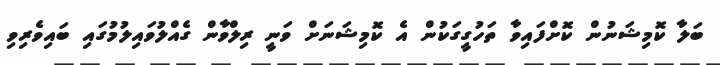
ބަލާ ކޮމިޝަނުން ކޮށްފައިވާ ތަހުގީގަކުން އެ ކޮމިޝަނަށް ވަނީ ރިލްވާން ގެއްލުވައިލުމުގައި ބައިވެރިވި